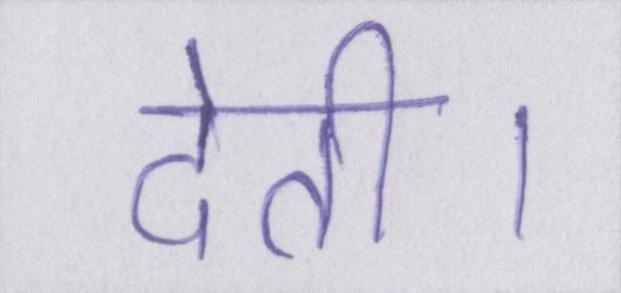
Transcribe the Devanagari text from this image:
देती।